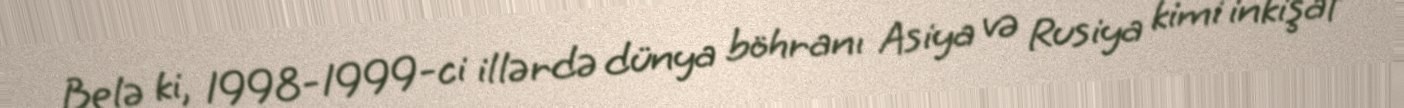
Belə ki, 1998-1999-ci illərdə dünya böhranı Asiya və Rusiya kimi inkişaf